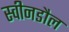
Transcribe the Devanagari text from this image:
स्वीनडौल